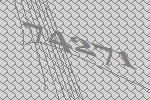
74271